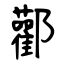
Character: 酄